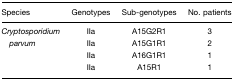
<table><thead><tr><td><b>Species</b></td><td><b>Genotypes</b></td><td><b>Sub-genotypes</b></td><td><b>No. patients</b></td></tr></thead><tbody><tr><td><i>Cryptosporidium</i></td><td>IIa</td><td>A15G2R1</td><td>3</td></tr><tr><td> <i>parvum</i></td><td>IIa</td><td>A15G1R1</td><td>2</td></tr><tr><td>[EMPTY_CELL]</td><td>IIa</td><td>A16G1R1</td><td>1</td></tr><tr><td>[EMPTY_CELL]</td><td>IIa</td><td>A15R1</td><td>1</td></tr></tbody></table>